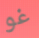
غو